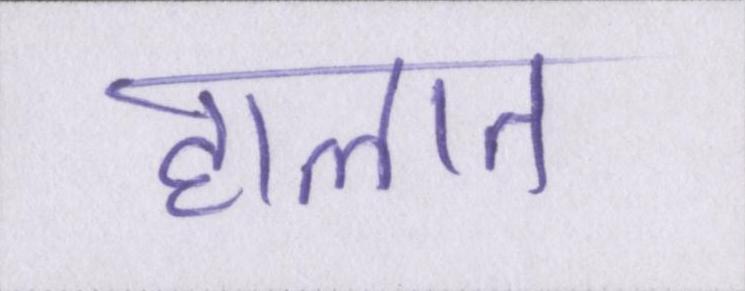
हालात